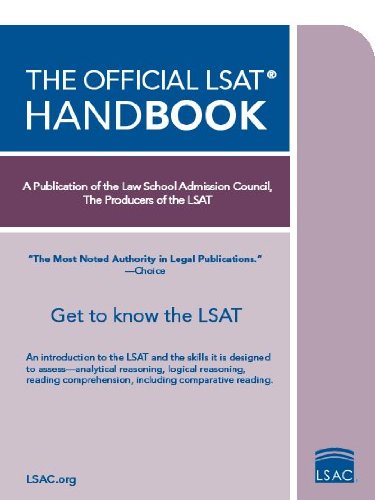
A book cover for The Official LSAT Handbook: Get to Know the LSAT; Law School Admission Council; Test Preparation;